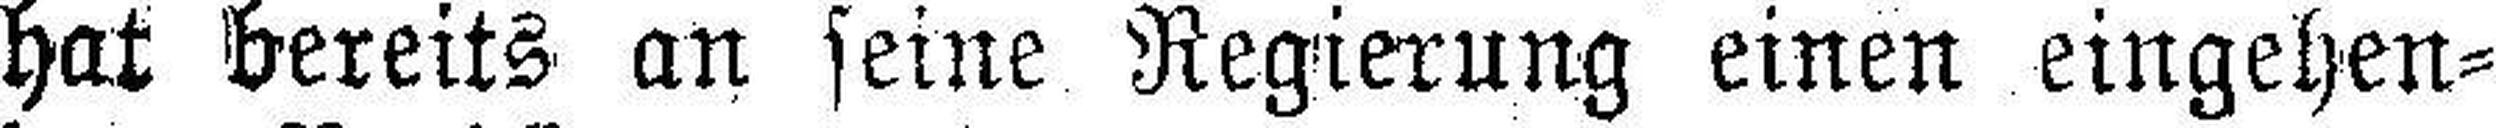
hat bereits an seine Regierung einen eingehen¬